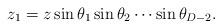
LaTeX: \begin{align*}z_1=z \sin \theta_1 \sin \theta_2 \cdots \sin \theta_{D-2}.\end{align*}